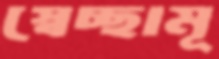
স্বেচ্ছামূ